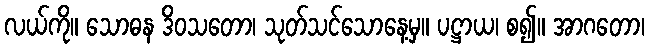
လယ်ကို။ သောဓန ဒိဝသတော၊ သုတ်သင်သောနေ့မှ။ ပဋ္ဌာယ၊ စ၍။ အာဂတော၊